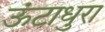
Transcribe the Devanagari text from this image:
ऊंटाधुरा